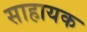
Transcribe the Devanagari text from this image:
साहायक